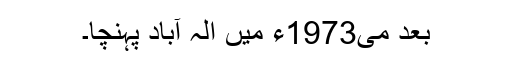
بعد می1973ء میں الہ آباد پہنچا۔